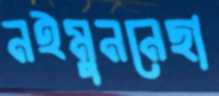
নইমুননেছা